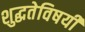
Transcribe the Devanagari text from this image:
शुद्धतेविषयी